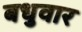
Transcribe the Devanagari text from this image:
बधुवार